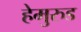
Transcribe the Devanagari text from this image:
हेमुरुड